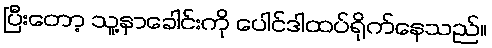
ပြီးတော့ သူ့နှာခေါင်းကို ပေါင်ဒါထပ်ရိုက်နေသည်။